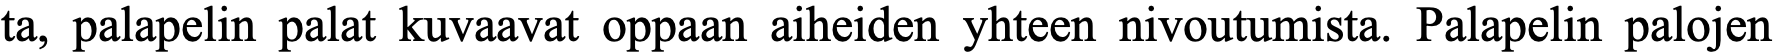
ta, palapelin palat kuvaavat oppaan aiheiden yhteen nivoutumista. Palapelin palojen